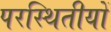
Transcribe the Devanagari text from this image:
परस्थितीयों